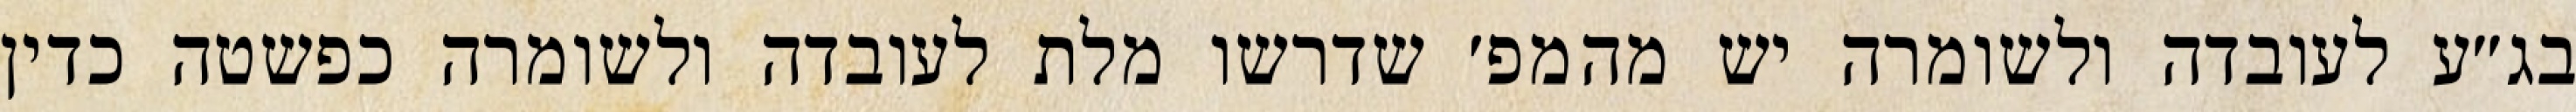
בג״ע לעובדה ולשומרה יש מהמפ׳ שדרשו מלת לעובדה ולשומרה כפשטה כדין